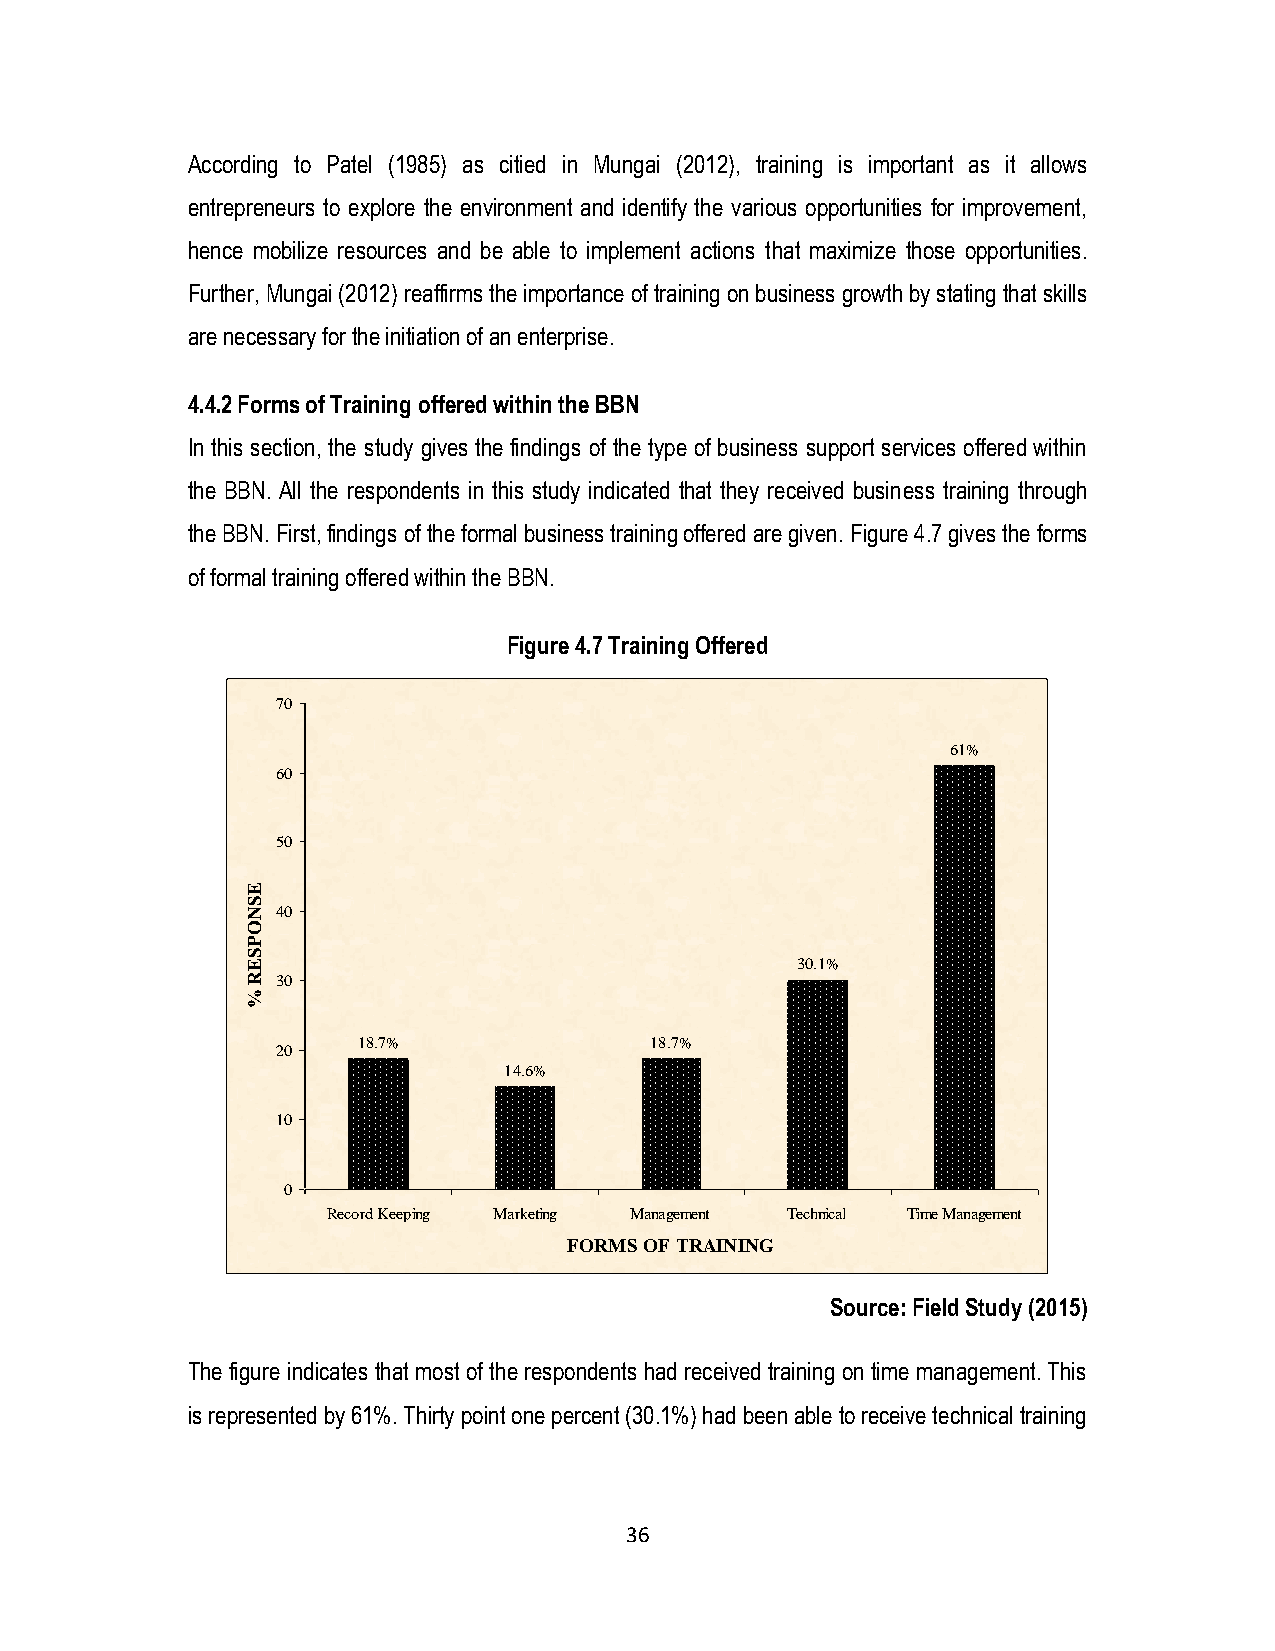
According to Patel (1985) as citied in Mungai (2012), training is important as it allows
 entrepreneurs to explore the environment and identify the various opportunities for improvement,
 hence mobilize resources and be able to implement actions that maximize those opportunities.
 Further, Mungai (2012) reaffirms the importance of training on business growth by stating that skills
 are necessary for the initiation of an enterprise.
 4.4.2 Forms of Training offered within the BBN
 In this section, the study gives the findings of the type of business support services offered within
 the BBN. All the respondents in this study indicated that they received business training through
 the BBN. First, findings of the formal business training offered are given. Figure 4.7 gives the forms
 of formal training offered within the BBN.
 Figure 4.7 Training Offered
 70
 61%
 60
 50
 E
 S
 N 40
 O
 P
 S
 E                                    30.1%
 R 30
 %
 18.7%              18.7%
 20
 14.6%
 10
 0
 Record Keeping Marketing Management Technical Time Management
 FORMS OF TRAINING
 Source: Field Study (2015)
 The figure indicates that most of the respondents had received training on time management. This
 is represented by 61%. Thirty point one percent (30.1%) had been able to receive technical training
 36